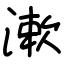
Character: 漱